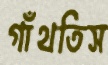
গাঁথতিস